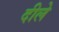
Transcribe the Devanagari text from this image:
दीले